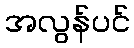
အလွန်ပင်